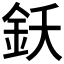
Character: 𨥜